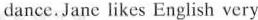
dance. Jane likes English very